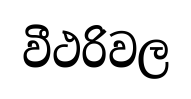
වීථරිවල